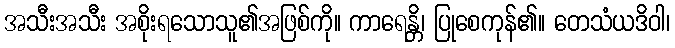
အသီးအသီး အစိုးရသောသူ၏အဖြစ်ကို။ ကာရေန္တိ၊ ပြုစေကုန်၏။ တေသံယဒိဝါ၊